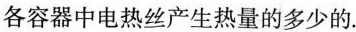
各容器中电热丝产生热量的多少的.